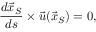
{ \frac { d { \vec { x } } _ { S } } { d s } } \times { \vec { u } } ( { \vec { x } } _ { S } ) = 0 ,